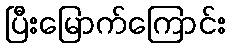
ပြီးမြောက်ကြောင်း